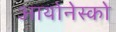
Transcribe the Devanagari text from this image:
आयोनेस्को